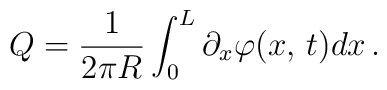
Q=\frac{1}{2\pi R}\int ^{L}_{0}\partial _{x}\varphi (x,\, t)dx\, .